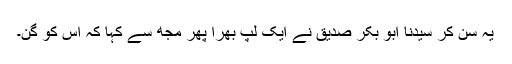
یہ سن کر سیدنا ابو بکر صدیقؓ نے ایک لپ بھرا پھر مجھ سے کہا کہ اس کو گن۔